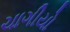
ચાગીયો